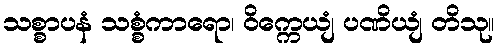
သစ္စာပနံ သစ္စံကာရော၊ ဝိက္ကေယျံ ပဏိယျံ တိသု။